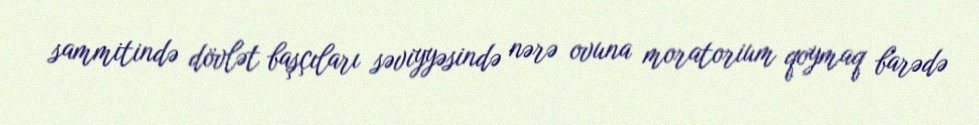
sammitində dövlət başçıları səviyyəsində nərə ovuna moratorium qoymaq barədə